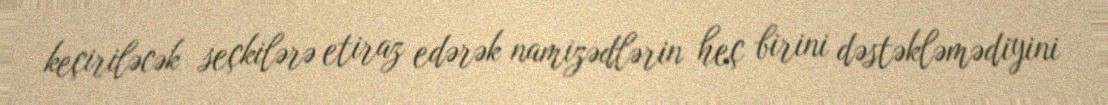
keçiriləcək seçkilərə etiraz edərək namizədlərin heç birini dəstəkləmədiyini